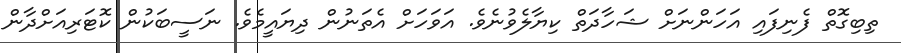
ތިބިގޮތް ފެނިފައި އަހަންނަށް ޝަހާދަތް ކިޔާލެވުނެވެ. އަވަހަށް އެތަނުން ދިޔައީމެވެ. ނަސީބަކުން ކޮޓަރިއަށްދާން